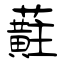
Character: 蘣